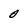
Character: 0